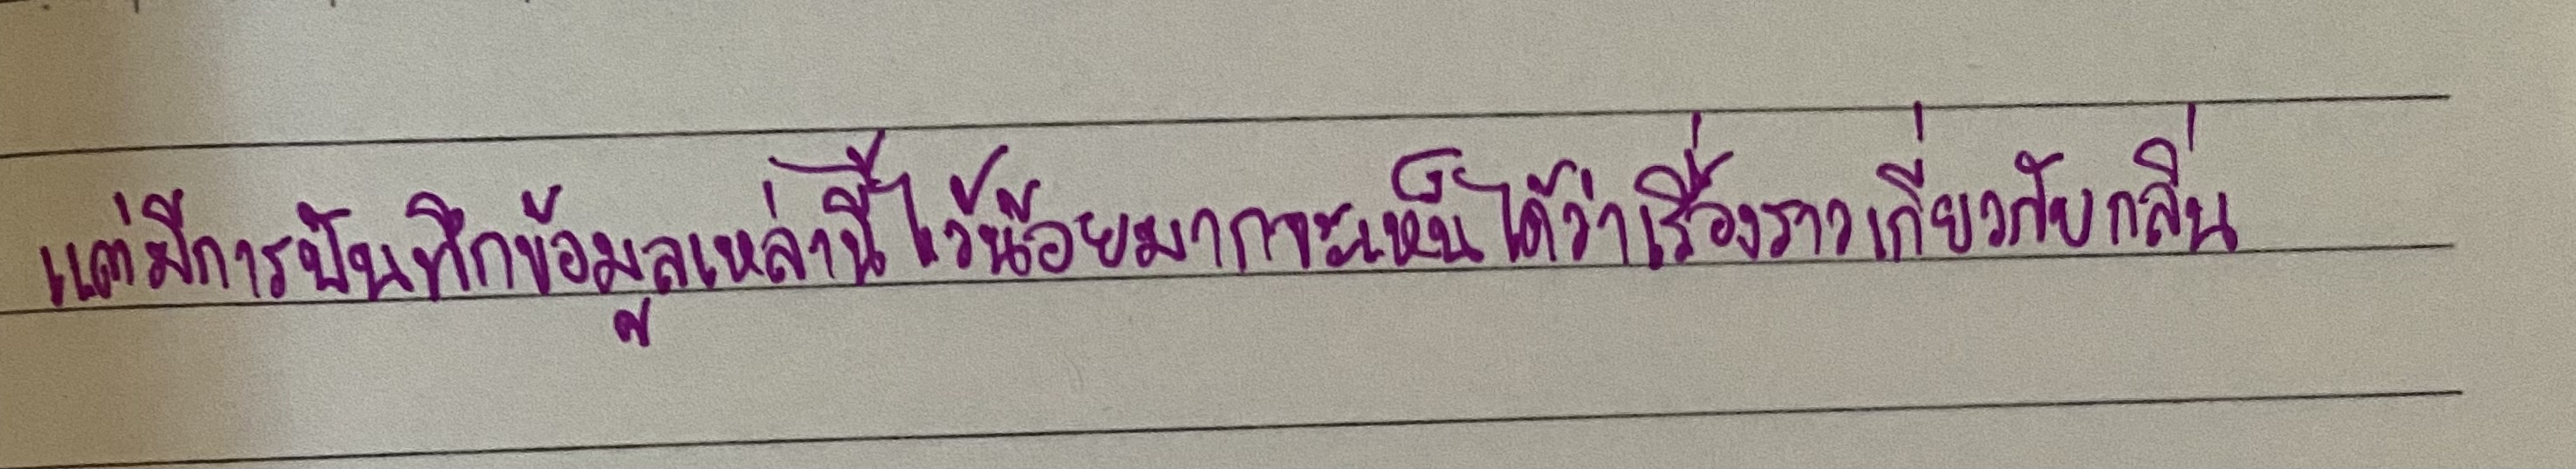
แต่มีการบันทึกข้อมูลเหล่านี้ไว้น้อยมากจะเห็นได้ว่าเรื่องราวเกี่ยวกับกลิ่น